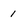
Character: 1